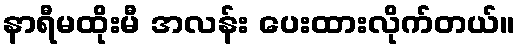
နာရီမထိုးမီ အလန်း ပေးထားလိုက်တယ်။